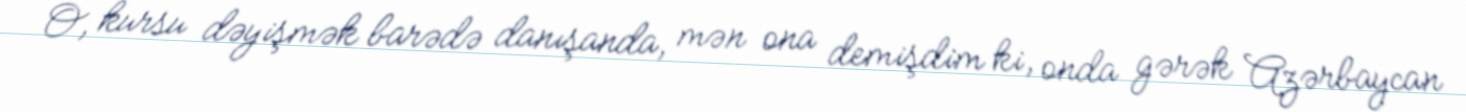
O, kursu dəyişmək barədə danışanda, mən ona demişdim ki, onda gərək Azərbaycan